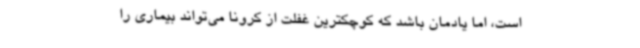
است، اما یادمان باشد که کوچکترین غفلت از کرونا می‌تواند بیماری را